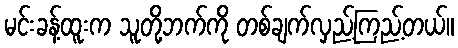
မင်းခန့်ထူးက သူတို့ဘက်ကို တစ်ချက်လှည့်ကြည့်တယ်။